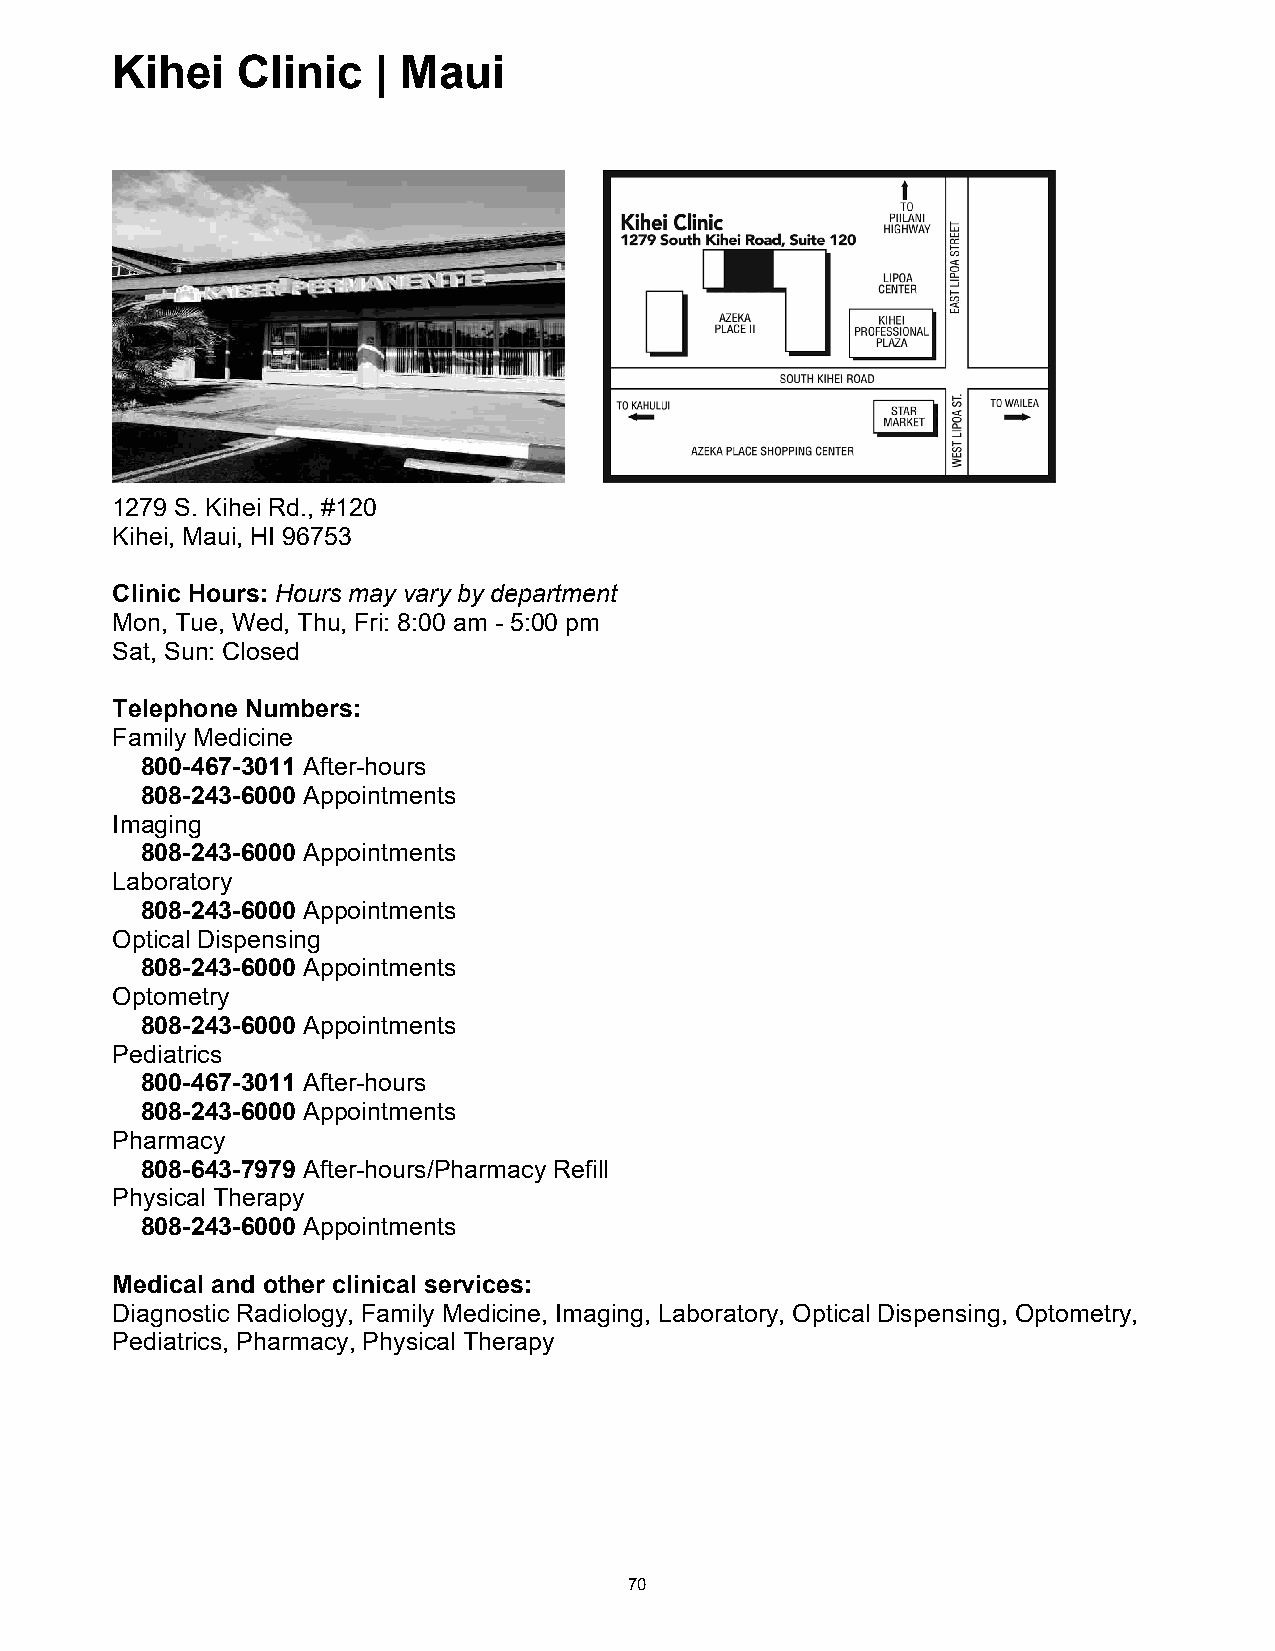
Kihei    Clinic   | Maui
 Kihei Clinic | Maui
 1279 S. Kihei Rd., #120
 Kihei, Maui, HI 96753
 Clinic Hours: Hours may vary by department
 Mon, Tue, Wed, Thu, Fri: 8:00 am - 5:00 pm
 Sat, Sun: Closed
 Telephone Numbers:
 Family Medicine
 800-467-3011 After-hours
 808-243-6000 Appointments
 Imaging
 808-243-6000 Appointments
 Laboratory
 808-243-6000 Appointments
 Optical Dispensing
 808-243-6000 Appointments
 Optometry
 808-243-6000 Appointments
 Pediatrics
 800-467-3011 After-hours
 808-243-6000 Appointments
 Pharmacy
 808-643-7979 After-hours/Pharmacy Refill
 Physical Therapy
 808-243-6000 Appointments
 Medical and other clinical services:
 Diagnostic Radiology, Family Medicine, Imaging, Laboratory, Optical Dispensing, Optometry,
 Pediatrics, Pharmacy, Physical Therapy
 70